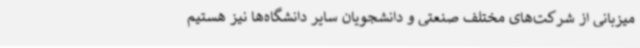
میزبانی از شرکت‌های مختلف صنعتی و دانشجویان سایر دانشگاه‌ها نیز هستیم